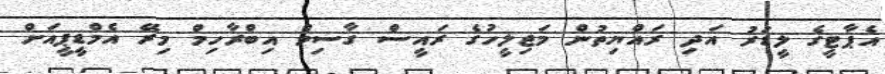
އެޕާޓީގެ ލީޑަރު އަދި ރައްޔިތުން މަޖިލީހުގެ ރައީސް ގާސިމް އިބްރާހިމް މިރޭ އެމްޑީޕީއަށް